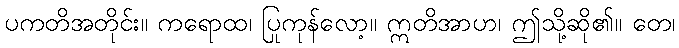
ပကတိအတိုင်း။ ကရောထ၊ ပြုကုန်လော့။ ဣတိအာဟ၊ ဤသို့ဆို၏။ တေ၊